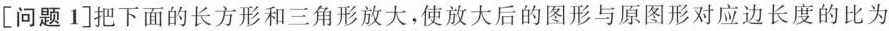
[问题1]把下面的长方形和三角形放大，使放大后的图形与原图形对应边长度的比为